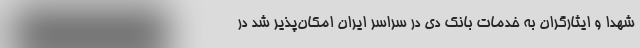
شهدا و ایثارگران به خدمات بانک دی در سراسر ایران امکان‌پذیر شد در